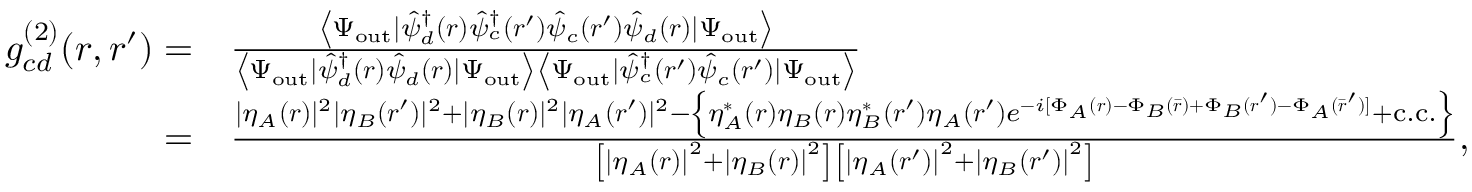
\begin{array} { r l } { g _ { c d } ^ { ( 2 ) } ( \boldsymbol { r } , \boldsymbol { r } ^ { \prime } ) = } & { \frac { \left\langle \Psi _ { \mathrm { o u t } } \mid \hat { \psi } _ { d } ^ { \dagger } ( \boldsymbol { r } ) \hat { \psi } _ { c } ^ { \dagger } ( \boldsymbol { r } ^ { \prime } ) \hat { \psi } _ { c } ( \boldsymbol { r } ^ { \prime } ) \hat { \psi } _ { d } ( \boldsymbol { r } ) \mid \Psi _ { \mathrm { o u t } } \right\rangle } { \left\langle \Psi _ { \mathrm { o u t } } \mid \hat { \psi } _ { d } ^ { \dagger } ( \boldsymbol { r } ) \hat { \psi } _ { d } ( \boldsymbol { r } ) \mid \Psi _ { \mathrm { o u t } } \right\rangle \left\langle \Psi _ { \mathrm { o u t } } \mid \hat { \psi } _ { c } ^ { \dagger } ( \boldsymbol { r } ^ { \prime } ) \hat { \psi } _ { c } ( \boldsymbol { r } ^ { \prime } ) \mid \Psi _ { \mathrm { o u t } } \right\rangle } } \\ { = } & { \frac { | \eta _ { A } ( \boldsymbol { r } ) | ^ { 2 } | \eta _ { B } ( \boldsymbol { r } ^ { \prime } ) | ^ { 2 } + | \eta _ { B } ( \boldsymbol { r } ) | ^ { 2 } | \eta _ { A } ( \boldsymbol { r } ^ { \prime } ) | ^ { 2 } - \left\{ \eta _ { A } ^ { * } ( \boldsymbol { r } ) \eta _ { B } ( \boldsymbol { r } ) \eta _ { B } ^ { * } ( \boldsymbol { r } ^ { \prime } ) \eta _ { A } ( \boldsymbol { r } ^ { \prime } ) e ^ { - i [ \Phi _ { A } ( \boldsymbol { r } ) - \Phi _ { B } ( \bar { \boldsymbol { r } } ) + \Phi _ { B } ( \boldsymbol { r } ^ { \prime } ) - \Phi _ { A } ( \bar { \boldsymbol { r } } ^ { \prime } ) ] } + \mathrm { c . c . } \right\} } { \left[ \left| \eta _ { A } ( \boldsymbol { r } ) \right| ^ { 2 } + \left| \eta _ { B } ( \boldsymbol { r } ) \right| ^ { 2 } \right] \left[ \left| \eta _ { A } ( \boldsymbol { r } ^ { \prime } ) \right| ^ { 2 } + \left| \eta _ { B } ( \boldsymbol { r } ^ { \prime } ) \right| ^ { 2 } \right] } , } \end{array}